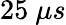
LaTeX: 25~\mu s